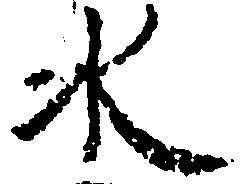
水